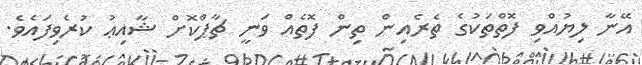
އޭނާ ލިޔުއްވި ފޮތްތަކުގެ ތެރެއިން ތިން ފޮތެއް ވަނީ ޗާޕްކޮށް ޝާއިޢު ކުރެވިފައެވެ.